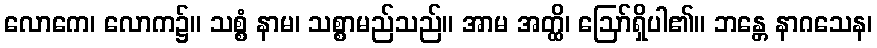
လောကေ၊ လောက၌။ သစ္စံ နာမ၊ သစ္စာမည်သည်။ အာမ အတ္ထိ၊ ဩော်ရှိပါ၏။ ဘန္တေ နာဂသေန၊